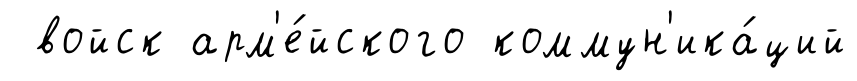
войск арм'е́йского коммун'ика́ций